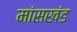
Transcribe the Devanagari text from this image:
मांसखंड